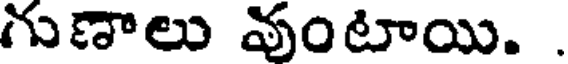
గుణాలు వుంటాయి. .